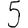
Digit: 5